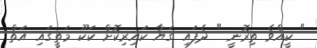
" ކީއްވެ ތިރޮނީ " ދެފައި ގަޔާ ކައިރިކޮށް ކަކޫ މަތީގައި އަތް